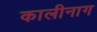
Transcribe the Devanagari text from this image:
कालीनाग